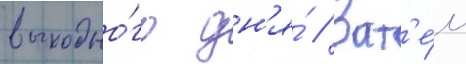
выходно́го дн'я́ // Зат'е́м